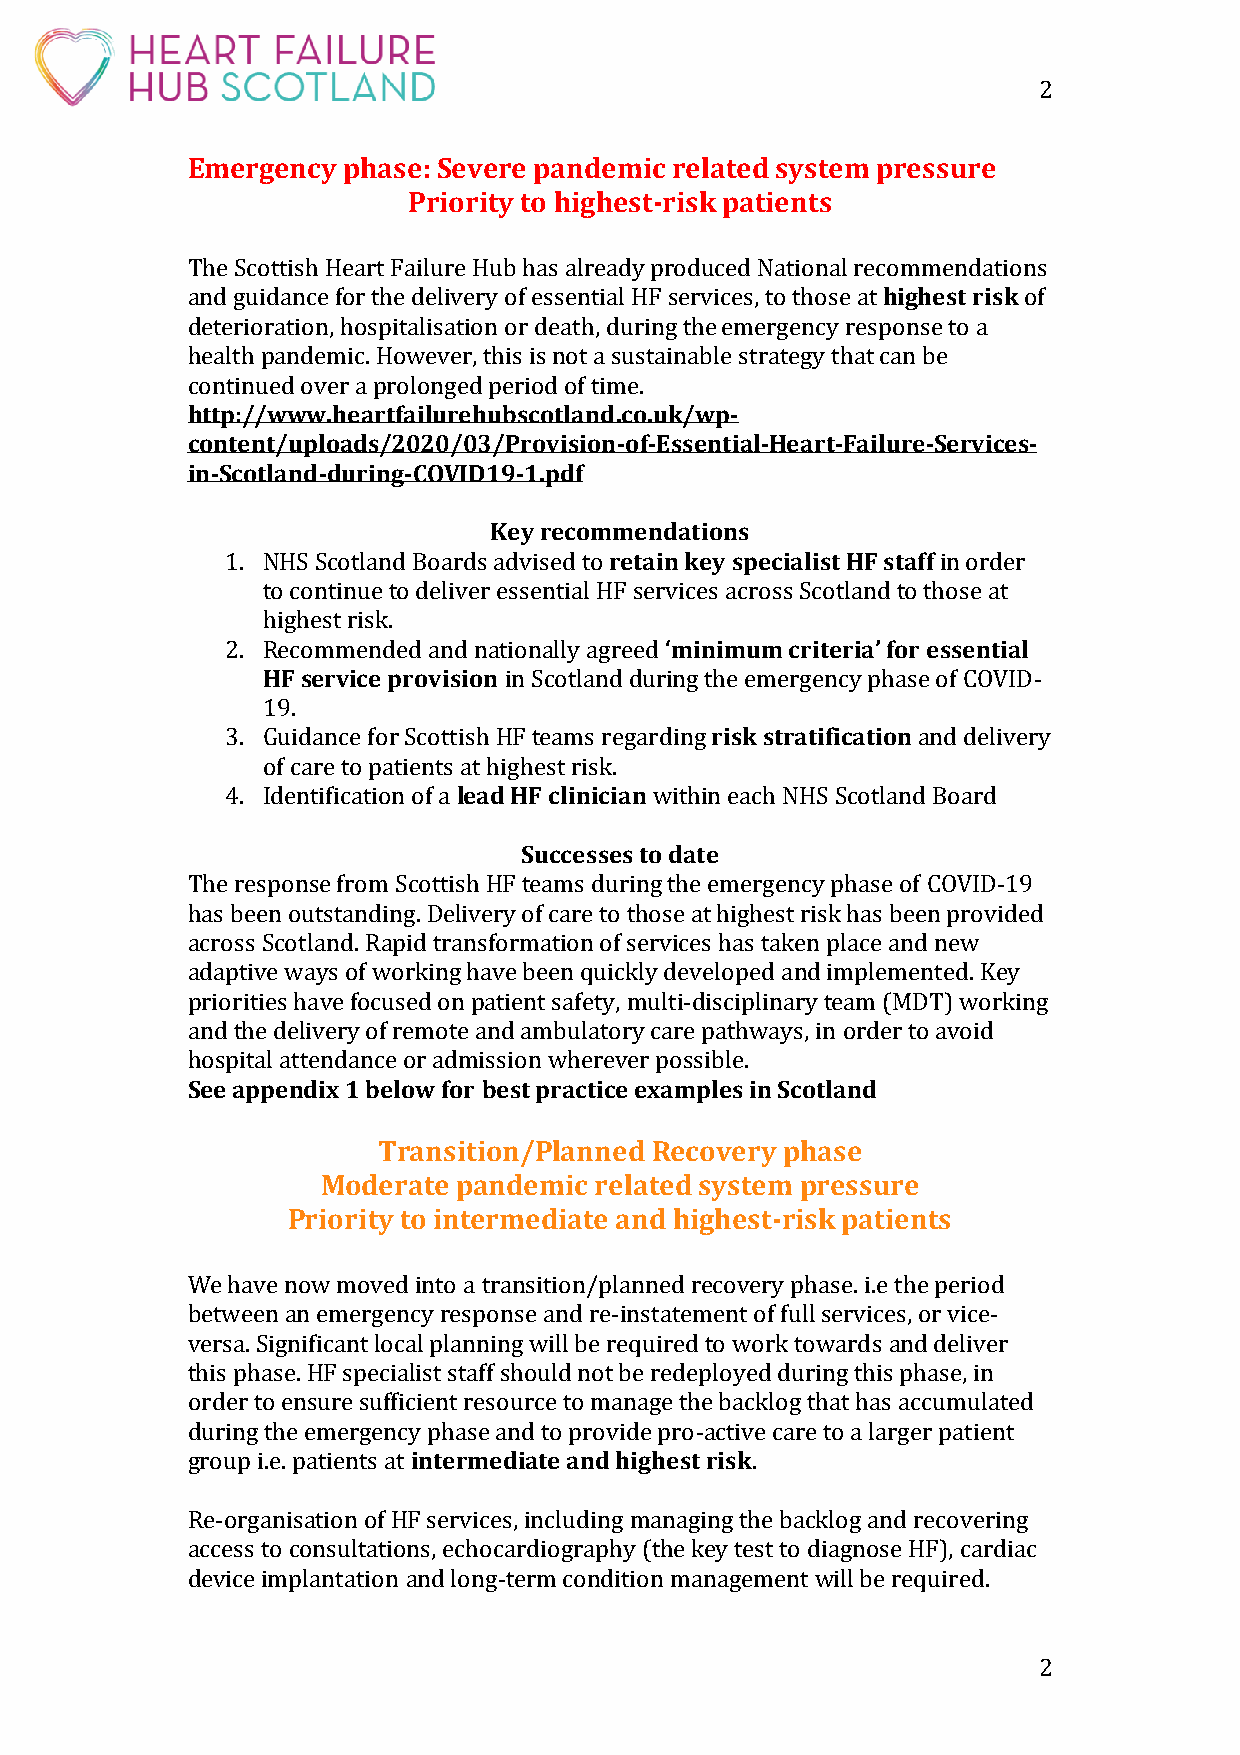
2
 Emergency  phase: Severe pandemic related system pressure
 Priority to highest-risk patients
 The Scottish Heart Failure Hub has already produced National recommendations
 and guidance for the delivery of essential HF services, to those at highest risk of
 deterioration, hospitalisation or death, during the emergency response to a
 health pandemic. However, this is not a sustainable strategy that can be
 continued over a prolonged period of time.
 http://www.heartfailurehubscotland.co.uk/wp-
 content/uploads/2020/03/Provision-of-Essential-Heart-Failure-Services-
 in-Scotland-during-COVID19-1.pdf
 Key recommendations
 1. NHS Scotland Boards advised to retain key specialist HF staff in order
 to continue to deliver essential HF services across Scotland to those at
 highest risk.
 2. Recommended and nationally agreed ‘minimum criteria’ for essential
 HF service provision in Scotland during the emergency phase of COVID-
 19.
 3. Guidance for Scottish HF teams regarding risk stratification and delivery
 of care to patients at highest risk.
 4. Identification of a lead HF clinician within each NHS Scotland Board
 Successes to date
 The response from Scottish HF teams during the emergency phase of COVID-19
 has been outstanding. Delivery of care to those at highest risk has been provided
 across Scotland. Rapid transformation of services has taken place and new
 adaptive ways of working have been quickly developed and implemented. Key
 priorities have focused on patient safety, multi-disciplinary team (MDT) working
 and the delivery of remote and ambulatory care pathways, in order to avoid
 hospital attendance or admission wherever possible.
 See appendix 1 below for best practice examples in Scotland
 Transition/Planned Recovery phase
 Moderate pandemic related system pressure
 Priority to intermediate and highest-risk patients
 We have now moved into a transition/planned recovery phase. i.e the period
 between an emergency response and re-instatement of full services, or vice-
 versa. Significant local planning will be required to work towards and deliver
 this phase. HF specialist staff should not be redeployed during this phase, in
 order to ensure sufficient resource to manage the backlog that has accumulated
 during the emergency phase and to provide pro-active care to a larger patient
 group i.e. patients at intermediate and highest risk.
 Re-organisation of HF services, including managing the backlog and recovering
 access to consultations, echocardiography (the key test to diagnose HF), cardiac
 device implantation and long-term condition management will be required.
 2